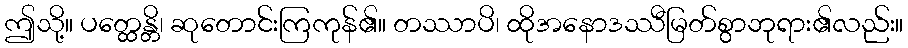
ဤသို့။ ပတ္ထေန္တိ၊ ဆုတောင်းကြကုန်၏။ တဿာပိ၊ ထိုအနောဒဿီမြတ်စွာဘုရား၏လည်း။